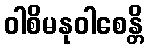
ဝါစိမနုဝါစေန္တိ